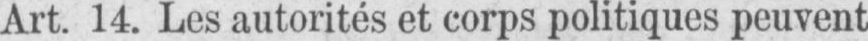
Art. 14. Les autorités et corps politiques peuvent